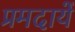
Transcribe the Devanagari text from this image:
प्रमदायें